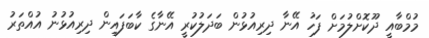
މުމްބާއީ ދޫކޮށްލުމަށް ފަހު އޭނާ ދިރިއުޅުން ބަދަލުކުރީ އޭނާގެ ކާބަފައިން ދިރިއުޅުނު އުއްތަރު